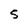
Character: 5